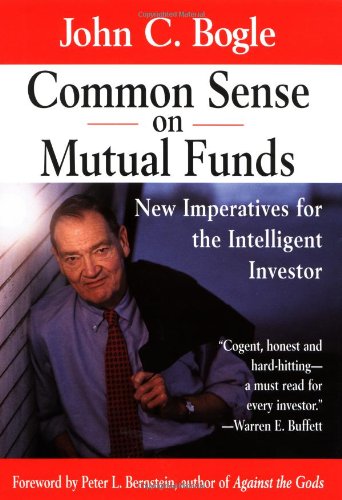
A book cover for Common Sense on Mutual Funds: New Imperatives for the Intelligent Investor; John C. Bogle; Business & Money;